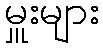
မှူးများ